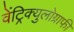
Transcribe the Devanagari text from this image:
वेंट्रिक्युलोग्राफी